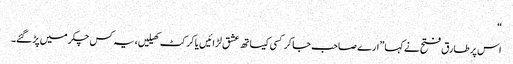
“
اس پر طارق فتح نے کہا ”ارے صاحب جا کر کسی کیساتھ عشق لڑائیں یا کرکٹ کھیلیں، یہ کس چکر میں پڑ گئے۔